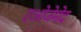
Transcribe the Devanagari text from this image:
एओजेमेद